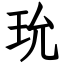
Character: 玧